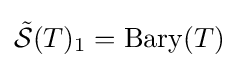
{\tilde {\mathcal {S}}}(T)_{1}=\operatorname {Bary} (T)